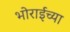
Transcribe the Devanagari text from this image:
भोराईच्या